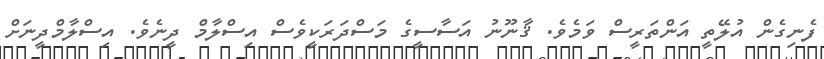
ފެނިގެން އުލޭތީ އަންތަރީސް ވަމެވެ. ޤާނޫނު އަސާސީގެ މަސްދަރަކީވެސް އިސްލާމް ދީނެވެ. އިސްލާމްދީނަށް